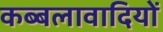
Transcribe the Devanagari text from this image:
कब्बलावादियों